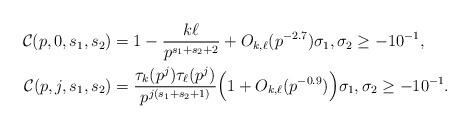
LaTeX: \begin{align*} \mathcal{C}(p,0,s_1,s_2) & = 1- \frac{k\ell}{p^{s_1+s_2+2}} + O_{k,\ell}( p^{-2.7}) \sigma_1, \sigma_2 \ge -10^{-1}, \\ \mathcal{C}(p,j,s_1,s_2) & = \frac{\tau_{k}(p^j) \tau_{\ell}(p^j)}{p^{j(s_1+s_2+1)} } \Big(1+O_{k,\ell}(p^{-0.9}) \Big) \sigma_1, \sigma_2 \ge -10^{-1}.\end{align*}